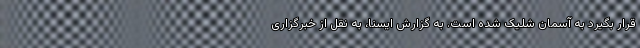
قرار بگیرد به آسمان شلیک شده است. به گزارش ایسنا، به نقل از خبرگزاری